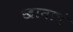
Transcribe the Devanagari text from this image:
खानाचं